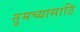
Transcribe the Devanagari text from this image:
तुमच्यासाठि